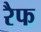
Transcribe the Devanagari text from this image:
रैफ